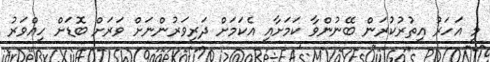
މި އަހަރު އިތުރުކުރަން ބޭނުންވާ ކަމަށާއި އެކަމަށް ދަރިވަރުންނަށް ވަރަށް ބޮޑަށް ހިއްވަރު